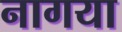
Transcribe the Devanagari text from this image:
नागया